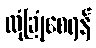
လုံခြုံစေရန်